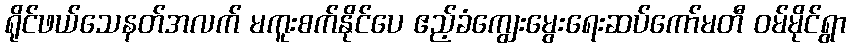
ရိုင်ဖယ်သေနတ်အလက် မကူးစက်နိုင်ပေ ဧည့်ခံကျွေးမွေးရေးဆပ်ကော်မတီ ဝမ်မိုင်ရွာ